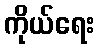
ကိုယ်ရေး